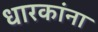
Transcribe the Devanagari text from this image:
धारकांना